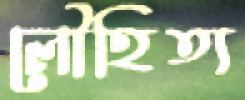
লৌহিত্য